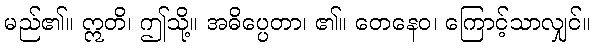
မည်၏။ ဣတိ၊ ဤသို့။ အဓိပ္ပေတာ၊ ၏။ တေနေဝ၊ ကြောင့်သာလျှင်။